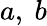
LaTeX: a,~b